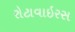
રોટાવાઇરસ